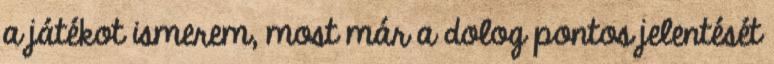
a játékot ismerem, most már a dolog pontos jelentését